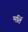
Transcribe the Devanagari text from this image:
मर्ति